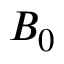
B _ { 0 }